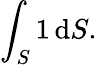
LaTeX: \int_{S}1\, \mathrm{d}S.